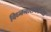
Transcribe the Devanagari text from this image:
विघ्ननाशकांच्या